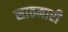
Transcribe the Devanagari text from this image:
साठमारी